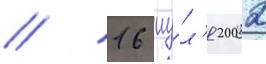
// 16 иу́л'я 2002